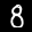
Label: 8